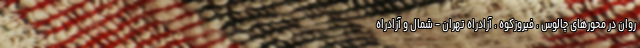
روان در محورهای چالوس ، فیروزکوه ، آزادراه تهران - شمال و آزادراه